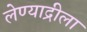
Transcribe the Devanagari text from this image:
लेण्याद्रीला